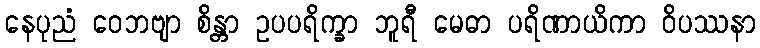
နေပုညံ ဝေဘဗျာ စိန္တာ ဥပပရိက္ခာ ဘူရီ မေဓာ ပရိဏာယိကာ ဝိပဿနာ